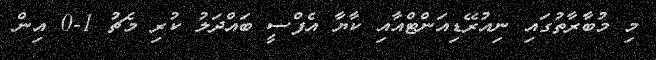
މި މުބާރާތުގައި ނިއުރޭޑިއަންޓްއާއި ކާޔާ އެފްސީ ބައްދަލު ކުރި މެޗު 1-0 އިން